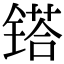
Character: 𨱏